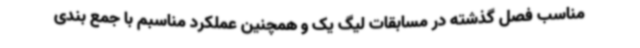
مناسب فصل گذشته در مسابقات لیگ یک و همچنین عملکرد مناسبم با جمع بندی